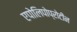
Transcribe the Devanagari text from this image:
एपोलिपोप्रोटीन